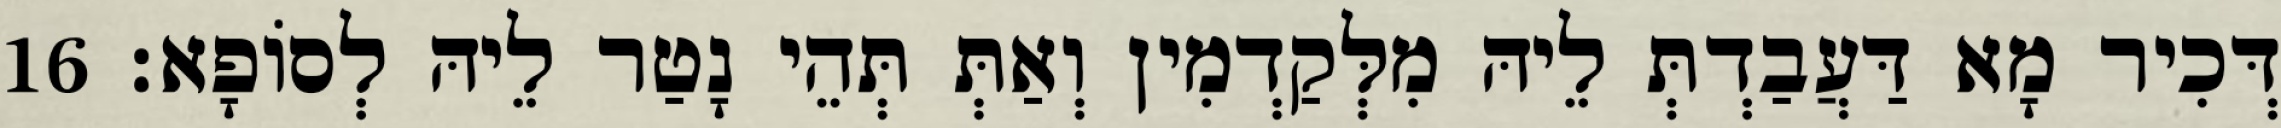
דְּכִיר מָא דַּעֲבַדְתְּ לֵיהּ מִלְּקַדְמִין וְאַתְּ תְּהֵי נָטַר לֵיהּ לְסוֹפָא׃ 16